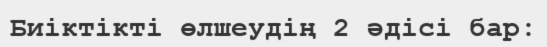
Биіктікті өлшеудің 2 әдісі бар: